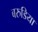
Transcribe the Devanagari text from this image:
बरुडिया